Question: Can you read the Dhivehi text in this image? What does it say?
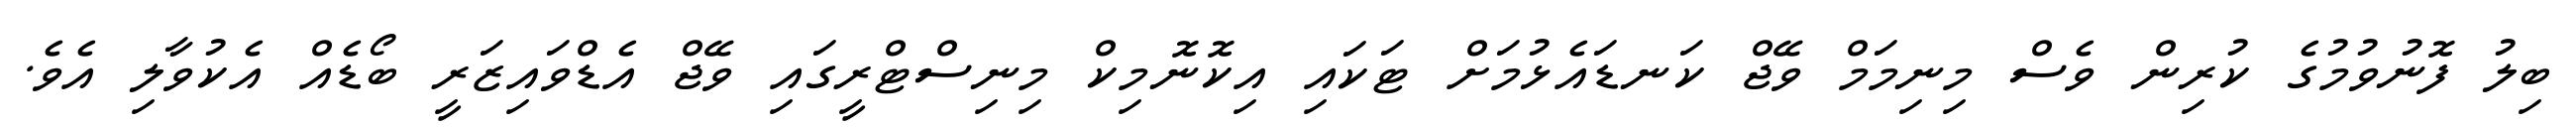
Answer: ބިލު ފޮނުވުމުގެ ކުރިން ވެސް މިނިމަމް ވޭޖް ކަނޑައެޅުމަށް ޓަކައި އިކޮނޮމިކް މިނިސްޓްރީގައި ވޭޖް އެޑްވައިޒަރީ ބޯޑެއް އެކުވާލި އެވެ.